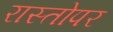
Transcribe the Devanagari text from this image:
रास्तोपर